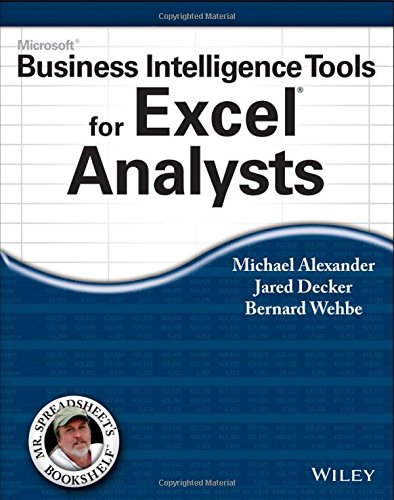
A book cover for Microsoft Business Intelligence Tools for Excel Analysts; Michael Alexander; Computers & Technology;